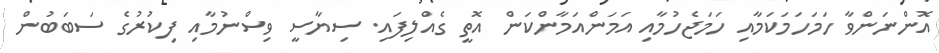
އޮންނަންވާ ހަމަހަމަކަމާއި ހަމަޖެހުމާއި އަމަންއަމާންކަން އޮތީ ގެއްލިފައި. ސިޔާސީ ވިސްނުމާއި ފިކުރުގެ ސަބަބުން